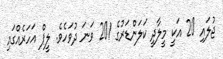
ޖުލައި 20 އަކީ މީލާދީ ކަލަންޑަރުގެ 201 ވަނަ ދުވަހެވެ. ލީޕް އަހަރެއްގައި